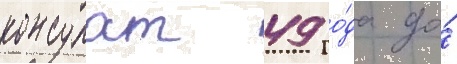
консулат 49 го́да до́